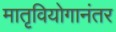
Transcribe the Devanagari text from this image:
मातृवियोगानंतर